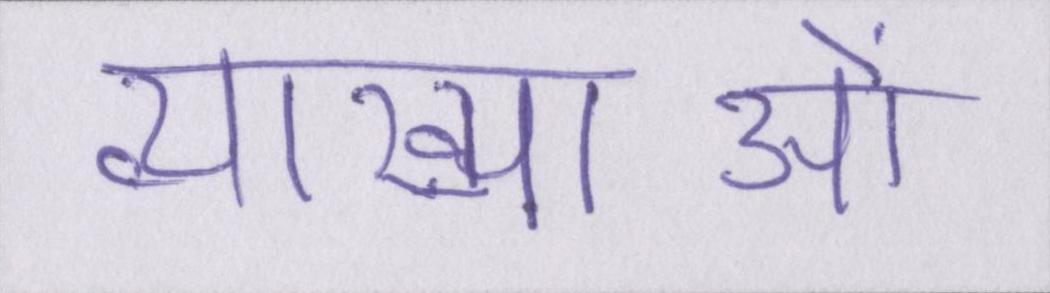
व्याख्याओं